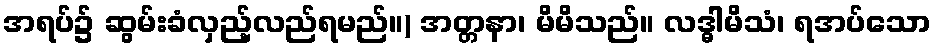
အရပ်၌ ဆွမ်းခံလှည့်လည်ရမည်။) အတ္တနာ၊ မိမိသည်။ လဒ္ဓါမိသံ၊ ရအပ်သော